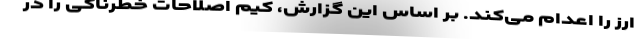
ارز را اعدام می‌کند. بر اساس این گزارش، کیم اصلاحات خطرناکی را در